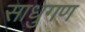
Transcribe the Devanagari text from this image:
साधुगण